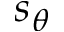
s _ { \theta }